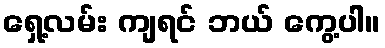
ရှေ့လမ်း ကျရင် ဘယ် ကွေ့ပါ။